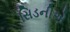
સિડનીએ